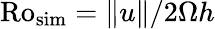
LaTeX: \mathrm{Ro_{sim}}=\lVert u\rVert/2\Omega h